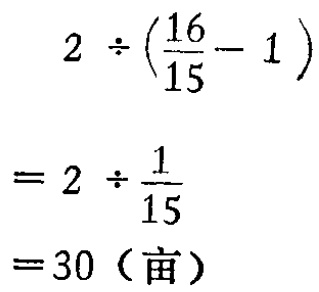
行思考，在思维活动中不受一个固定模式的影响，形成多路的思

维通道，重视知识因素、思维在信息加工方面的训练和培养，表

现出在接收信息、处理信息能力的增强. 例如我出了一道学生从

未见过的条件恒等式的证明题 “已知$\mathrm{tg}^{2}\alpha = 2\mathrm{tg}^{2}\beta + 1$，求证

$\sin^{2}\beta = 2\sin^{2}\alpha - 1$” 作为试题，57 个学生中有 13 个学生得到满

分. 而这 13 个学生的证法，并不来源于同一模式，就证明过程

的变换技巧来分析，有八种不同证法，有同学从$\mathrm{tg}^{2}\alpha = 2\mathrm{tg}^{2}\beta + 1$

入手，变换条件为$\mathrm{tg}^{2}\alpha + 1 = 2(\mathrm{tg}^{2}\beta + 1)\Rightarrow\cos^{2}\beta = 2\cos^{2}\alpha$而推出结

论；有同学变条件为$\frac{\sin^{2}\alpha}{\cos^{2}\alpha}=\frac{2\sin^{2}\beta+\cos^{2}\beta}{\cos^{2}\beta}=\frac{\sin^{2}\beta + 1}{\cos^{2}\beta}\Rightarrow$

$\sin^{2}\alpha(1 - \sin^{2}\beta) = (1 + \sin^{2}\beta)(1 - \sin^{2}\alpha)$而推出结论；有同学从结

论入手，作变换$\sin^{2}\beta=\frac{\sin^{2}\beta}{\sin^{2}\beta+\cos^{2}\beta}=\frac{\mathrm{tg}^{2}\beta}{1+\mathrm{tg}^{2}\beta}$而代入推出结论；

也有同学作变换$2\sin^{2}\alpha - 1=\frac{2\sin^{2}\alpha\cdot\csc^{2}\alpha-\csc^{2}\alpha}{\csc^{2}\alpha}=\frac{\mathrm{tg}^{2}\alpha - 1}{\mathrm{tg}^{2}\alpha + 1}$而推出

结论；有同学作变换$2\sin^{2}\alpha - 1 = 2\sin^{2}\alpha - (\cos^{2}\alpha + \sin^{2}\alpha)=\frac{\mathrm{tg}^{2}\alpha - 1}{\mathrm{tg}^{2}\alpha + 1}$

入手而推出结论；也有同学将结论两边同时化为$\frac{\mathrm{tg}^{2}\beta}{1+\mathrm{tg}^{2}\beta}$而达到

证明目的；也有同学用分析法证明. 这各种不同证法的构思，各

有特色，表明了思维的深刻性及广阔性. 证明了只要方法得当、

措施落实，调动了学生的主动性，他们可以发挥自己潜在的创造

性学习能力.